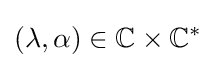
(\lambda ,\alpha )\in \mathbb {C} \times \mathbb {C} ^{*}